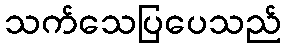
သက်သေပြပေသည်